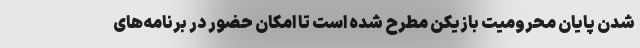
شدن پایان محرومیت بازیکن مطرح شده است تا امکان حضور در برنامه‌های